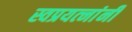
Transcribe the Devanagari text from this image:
स्वप्रयत्‍नांनी